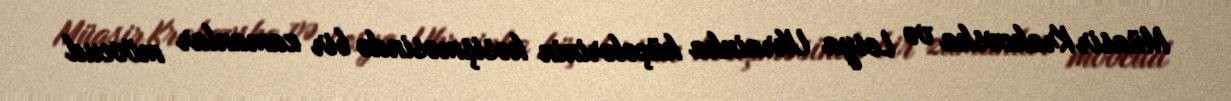
Müasir Krakovska və Lesya Ukrainka küçələrinin kəsişməsində bir zamanlar mövcud